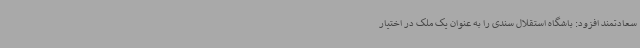
سعادتمند افزود: باشگاه استقلال سندی را به عنوان یک ملک در اختیار